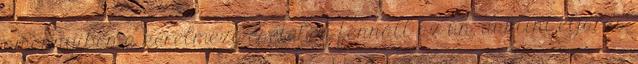
amennyiben a kérelmező esetében fennáll az ún. dublini eljárás